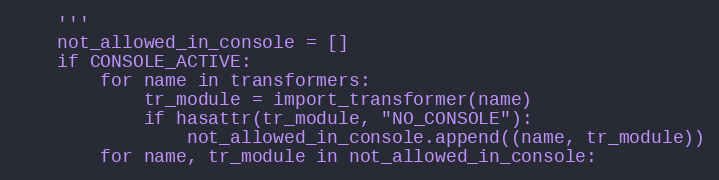
Language: Python
    '''
    not_allowed_in_console = []
    if CONSOLE_ACTIVE:
        for name in transformers:
            tr_module = import_transformer(name)
            if hasattr(tr_module, "NO_CONSOLE"):
                not_allowed_in_console.append((name, tr_module))
        for name, tr_module in not_allowed_in_console: